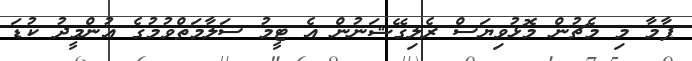
ޕާމާ މި މެޗުން މޮޅުވިޔަސް ރެލިގޭޝަނުން އެ ޓީމު ސަލާމަތްވުމުގެ އުންމީދު ކުޑަ